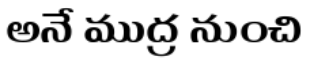
అనే ముద్ర నుంచి